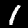
Digit: 1